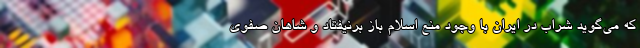
که می‌گوید شراب در ایران با وجود منع اسلام باز برنیفتاد و شاهان صفوی